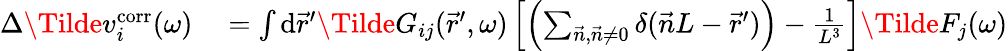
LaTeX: \begin{array}{rl}{\Delta\Tilde{v}_{i}^{\mathrm{corr}}(\omega)}&{{}=\int\mathrm{d}\vec{r}^{\prime}\Tilde{G}_{ij}(\vec{r}^{\prime},\omega)\left[\left(\sum_{\vec{n},\vec{n}\neq 0}\delta(\vec{n}L-\vec{r}^{\prime})\right)-\frac{1}{L^{3}}\right]\Tilde{F}_{j}(\omega)}\end{array}